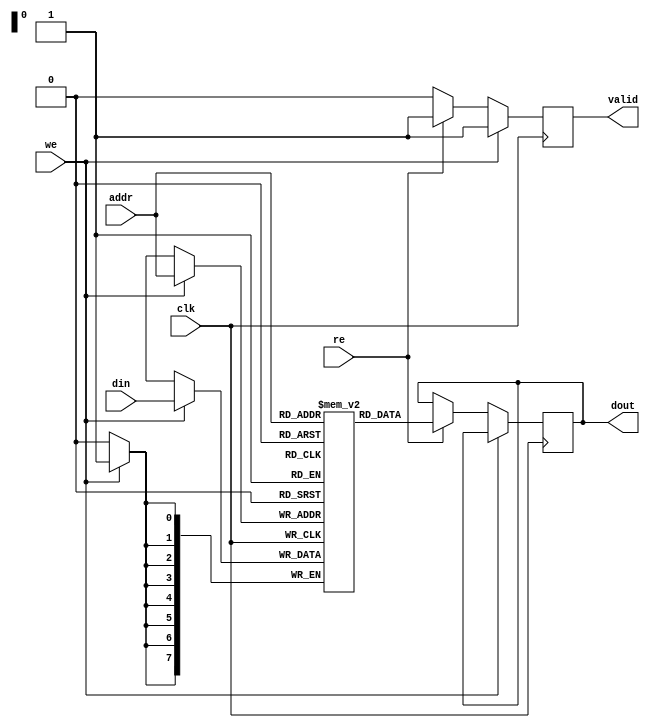
module LowPowerSRAM #(
    parameter ADDR_WIDTH = 8,  // Address width (e.g., 256 x 8 bits)
    parameter DATA_WIDTH = 8,   // Data width
    parameter MEM_SIZE = 256     // Number of memory cells (256 x 8)
)(
    input wire clk,              // Clock signal
    input wire we,               // Write enable
    input wire re,               // Read enable
    input wire [ADDR_WIDTH-1:0] addr, // Address input
    input wire [DATA_WIDTH-1:0] din,  // Data input
    output reg [DATA_WIDTH-1:0] dout,  // Data output
    output reg valid             // Valid output signal
);

    // Memory array (2D array for the SRAM)
    reg [DATA_WIDTH-1:0] mem [0:MEM_SIZE-1];

    // Address decoder logic (simple direct mapping)
    wire [ADDR_WIDTH-1:0] row_addr;
    wire [ADDR_WIDTH-1:0] col_addr;
    
    assign row_addr = addr; // Simplified for this example
    assign col_addr = 0;    // Assuming single word line for simplicity

    // Control logic for read and write operations
    always @(posedge clk) begin
        if (we) begin
            // Write operation
            mem[row_addr] <= din;
            valid <= 1'b1; // Indicate that a write occurred
        end
        else if (re) begin
            // Read operation
            dout <= mem[row_addr];
            valid <= 1'b1; // Indicate that a read occurred
        end
        else begin
            valid <= 1'b0;  // No operation
        end
    end

endmodule